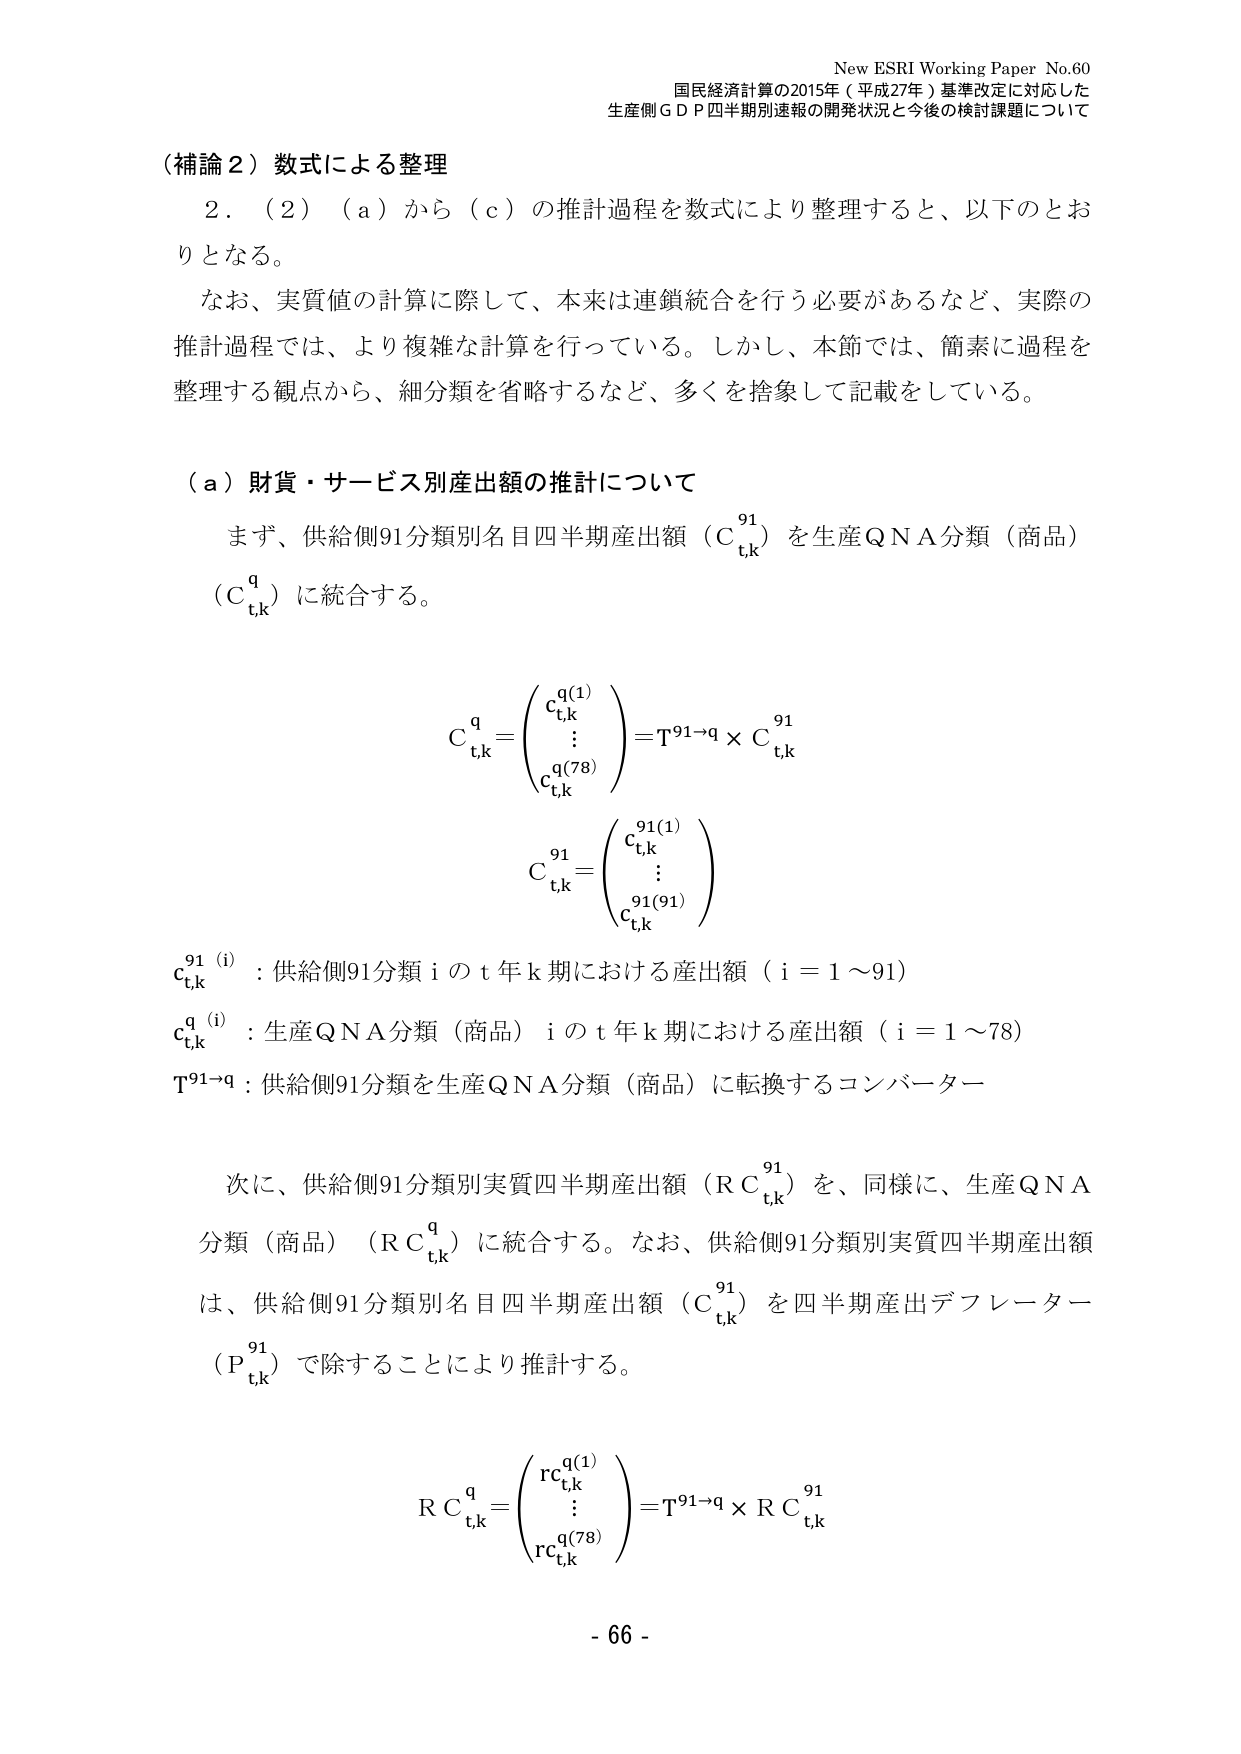
New ESRI Working Paper No.60
国民経済計算の2015年（平成27年）基準改定に対応した
生産側ＧＤＰ四半期別速報の開発状況と今後の検討課題について

（補論２）数式による整理
　２．（２）（ａ）から（ｃ）の推計過程を数式により整理すると、以下のとおりとなる。
　なお、実質値の計算に際して、本来は連鎖統合を行う必要があるなど、実際の推計過程では、より複雑な計算を行っている。しかし、本節では、簡素に過程を整理する観点から、細分類を省略するなど、多くを捨象して記載をしている。

（ａ）財貨・サービス別産出額の推計について
　まず、供給側91分類別名目四半期産出額（Ｃₜ,ₖ⁹¹）を生産ＱＮＡ分類（商品）（Ｃₜ,ₖ⁹）に統合する。

　Ｃₜ,ₖ⁹＝（ｃₜ,ₖ⁹(1)
　　　　　　⋮
　　　　　　ｃₜ,ₖ⁹(78)）＝Ｔ⁹¹→⁹ × Ｃₜ,ₖ⁹¹

　Ｃₜ,ₖ⁹¹＝（ｃₜ,ₖ⁹¹(1)
　　　　　　⋮
　　　　　　ｃₜ,ₖ⁹¹(91)）

　ｃₜ,ₖ⁹¹(i)：供給側91分類ｉのｔ年ｋ期における産出額（ｉ＝１～91）
　ｃₜ,ₖ⁹(i)：生産ＱＮＡ分類（商品）ｉのｔ年ｋ期における産出額（ｉ＝１～78）
　Ｔ⁹¹→⁹：供給側91分類を生産ＱＮＡ分類（商品）に転換するコンバーター

　次に、供給側91分類別実質四半期産出額（ＲＣₜ,ₖ⁹¹）を、同様に、生産ＱＮＡ分類（商品）（ＲＣₜ,ₖ⁹）に統合する。なお、供給側91分類別実質四半期産出額は、供給側91分類別名目四半期産出額（Ｃₜ,ₖ⁹¹）を四半期産出デフレーター（Ｐₜ,ₖ⁹¹）で除することにより推計する。

　ＲＣₜ,ₖ⁹＝（ｒｃₜ,ₖ⁹(1)
　　　　　　⋮
　　　　　　ｒｃₜ,ₖ⁹(78)）＝Ｔ⁹¹→⁹ × ＲＣₜ,ₖ⁹¹

- 66 -